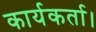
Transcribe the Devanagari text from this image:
कार्यकर्ता।